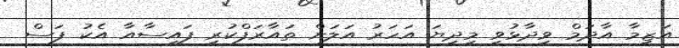
އަޒީމާ އާދަމް ވިދާޅުވީ މިދިޔަ އަހަރު އަލަށް ތައާރަފްކުރި ފައިސާއާ އެކު ފަސް